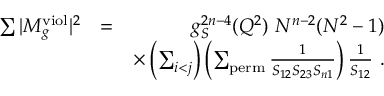
\begin{array} { r l r } { \sum \vert M _ { g } ^ { \mathrm { v i o l } } \vert ^ { 2 } } & { = } & { g _ { S } ^ { 2 n - 4 } ( Q ^ { 2 } ) ~ N ^ { n - 2 } ( N ^ { 2 } - 1 ) } \\ & { } & { \times \left( \sum _ { i < j } \right) \left( \sum _ { \mathrm { p e r m } } \frac { 1 } { S _ { 1 2 } S _ { 2 3 } S _ { n 1 } } \right) \frac { 1 } { S _ { 1 2 } } ~ . } \end{array}